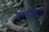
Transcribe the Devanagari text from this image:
इस्टीट्यूटो